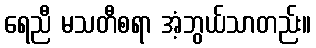
ရေညီ မသတီစရာ အံ့ဘွယ်သာတည်း။